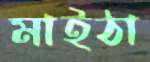
মাইঠা